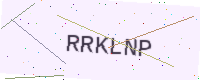
Text: RRKLNP